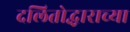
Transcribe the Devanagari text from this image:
दलितोद्धाराच्या